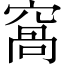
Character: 窩